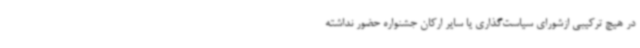
در هیچ ترکیبی ازشورای سیاست‌گذاری یا سایر ارکان جشنواره حضور نداشته